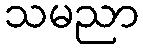
သမညာ